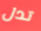
تدل